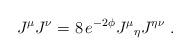
LaTeX: \begin{align*}J^{\mu}J^{\nu} = 8 \, e^{-2 \phi}J^\mu{}_{\eta} J^{\eta \nu}\ .\end{align*}